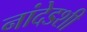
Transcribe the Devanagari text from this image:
नांदेडशी